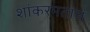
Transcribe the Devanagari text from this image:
शांकरमताचं